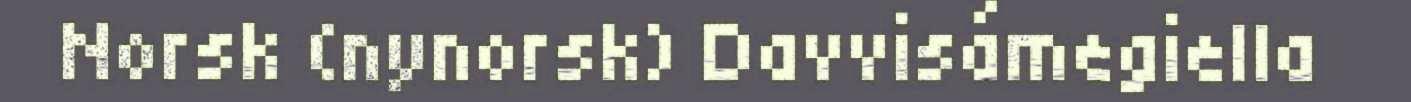
Norsk (nynorsk) Davvisámegiella